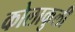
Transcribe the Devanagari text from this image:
कोलाकुली